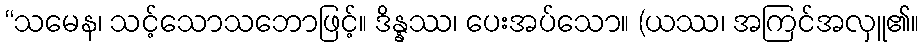
“သမေန၊ သင့်သောသဘောဖြင့်။ ဒိန္နဿ၊ ပေးအပ်သော။ (ယဿ၊ အကြင်အလှူ၏။